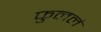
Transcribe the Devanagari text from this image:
फुललं